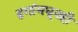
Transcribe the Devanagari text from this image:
ढगांमधूनही